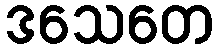
ဒသေတေ